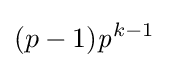
(p-1){\mathit {p}}^{k-1}